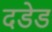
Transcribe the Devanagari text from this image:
दडेड